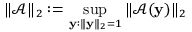
\| \mathcal { A } \| _ { 2 } : = \operatorname* { s u p } _ { \mathbf { y } : \| \mathbf { y } \| _ { 2 } = 1 } \| \mathcal { A } ( \mathbf { y } ) \| _ { 2 }